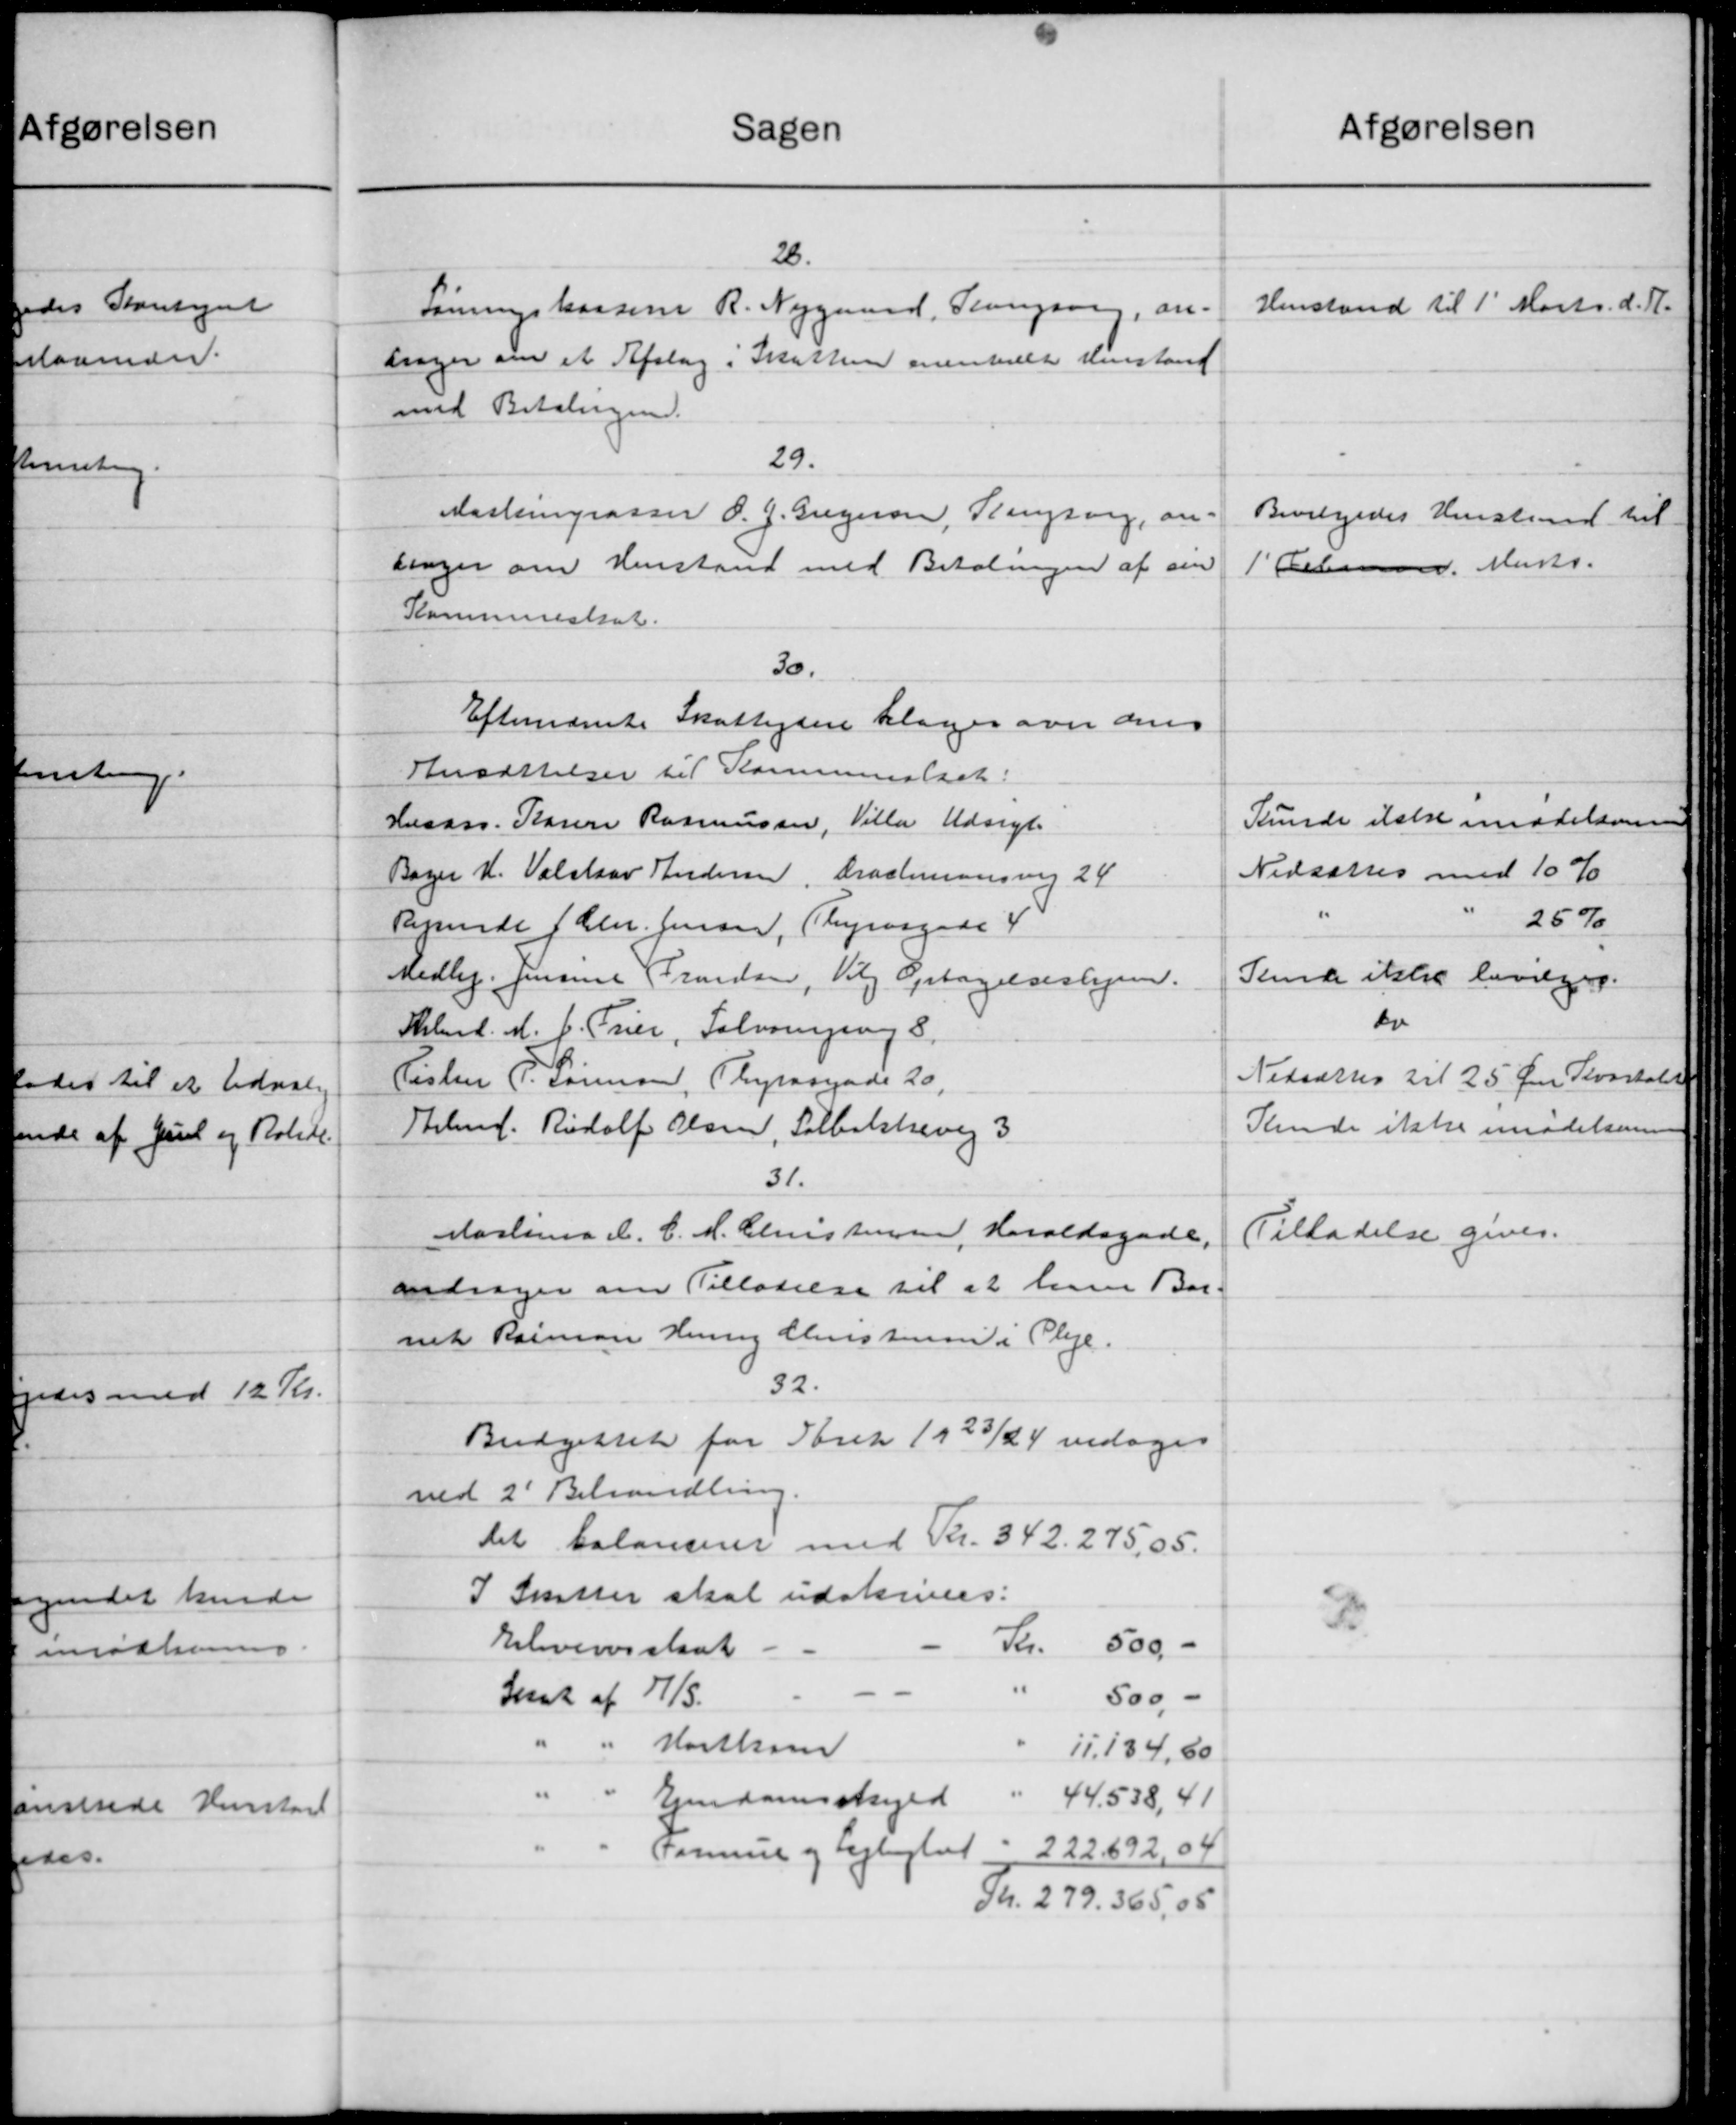
Transskription:
Sagen
28.
Lønningskassen R. Nygaard, Slangsang, an-
drager om et Afslag i Skatten mentalte Henstand
med Betalingen.
29.
Martingrasser O. J. Gregersen, Ringsvig, an-
linger om Henstand med Betalingen af sin
Kommuneskat.
30.
Efternævnte Skatteydere klager over dens
Ansættelser til Kommuneskat:
Husass. Karen Rasmussen, Villa Udsigt.
Bager H. Valstaar Andersen, Drachmansvej 24
Reminde Chr. Jensen, Thyrasgade 4
Vedlig. Jensine Frandsen, Vilg. Optagelseshjem.
Skbmd. M. C. Trier, Salvomping 8.
Pisten P. Sørensen, Thyrasgade 20,
Shelmf. Rudolf Olsen, Solbakkevej 3
31.
Martiner A. C. M. Christensen, Haraldsgade,
andrager om Tilladelse til at han Bar-
nik Rarman Henry Menstensen i Pleje.
32.
Budgettet for Aaret 1923/24 vedtoges
ved 2' Behandling.
det balancerer med Kr. 342, 275,05.
I Skatter skal udskrives.
Sh.
Ehvervsskat
500 -
Set af 7/5.
500 -
Hartkom
11.134,60
44.538,41
Ejendomsskyld
Samme og Lejlighed " 222.892,04
Kr. 279. 365,05